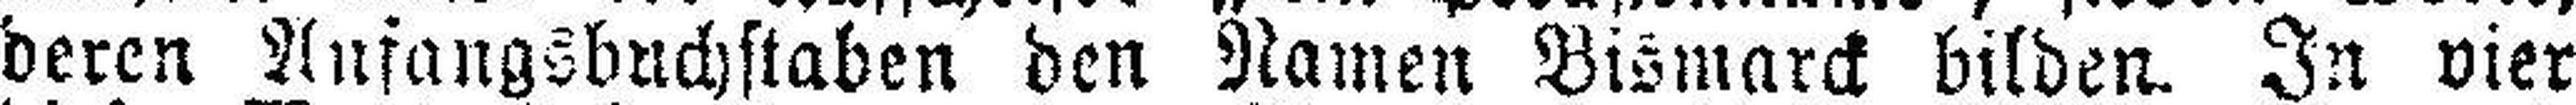
deren Anfangsbuchstaben den Namen Bismarck bilden. In vier